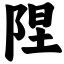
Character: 陧